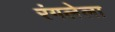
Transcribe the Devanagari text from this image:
रंगलेला